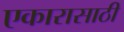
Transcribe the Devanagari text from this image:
एकारासाठी